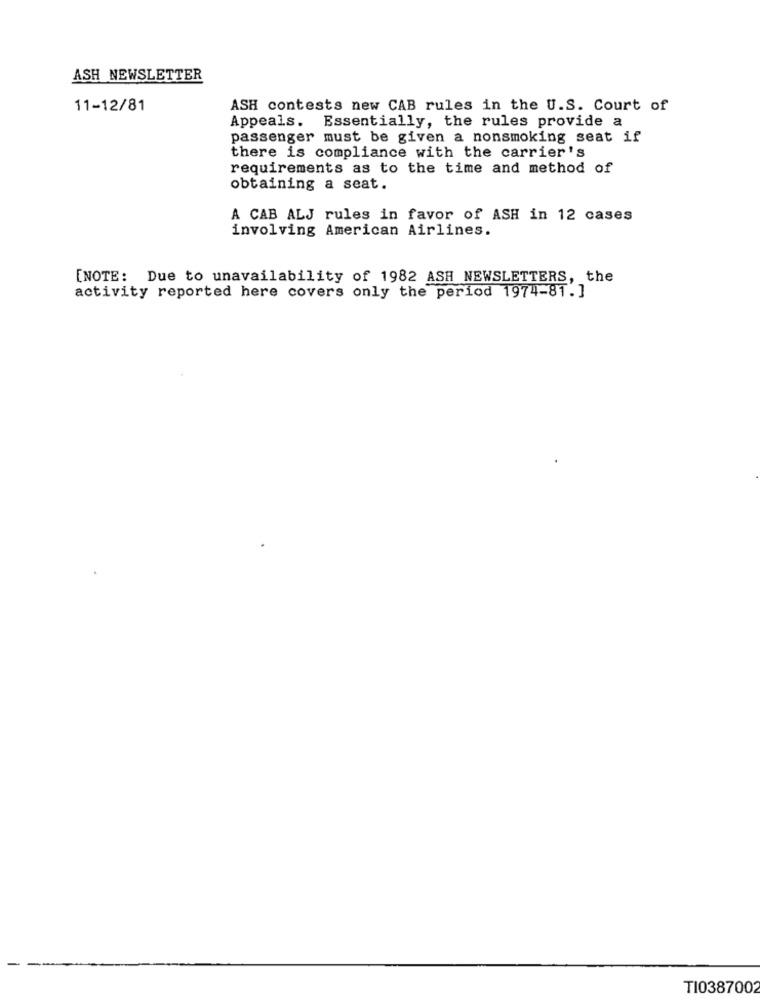
ASH NEWSLETTER
11-12/81
ASH contests new CAB rules in the U.S. Court of
Appeals. Essentially, the rules provide a
passenger must be given a nonsmoking seat if
there is compliance with the carrier's
requirements as to the time and method of
obtaining a seat.
A CAB ALJ rules in favor of ASH in 12 cases
involving American Airlines.
[NOTE: Due to unavailability of 1982 ASH NEWSLETTERS, the
activity reported here covers only the period 1974-81.]
TI0387002